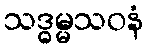
သဒ္ဓမ္မသဝနံ